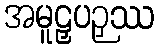
အမူဠှပဉှဿ